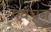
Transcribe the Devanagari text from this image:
पर्वचन